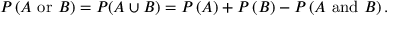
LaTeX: P \left( A { \mathrm { ~ o r ~ } } B \right) = P ( A \cup B ) = P \left( A \right) + P \left( B \right) - P \left( A { \mathrm { ~ a n d ~ } } B \right) .